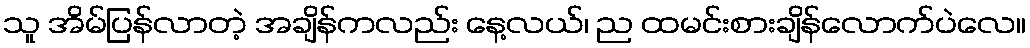
သူ အိမ်ပြန်လာတဲ့ အချိန်ကလည်း နေ့လယ်၊ ည ထမင်းစားချိန်လောက်ပဲလေ။